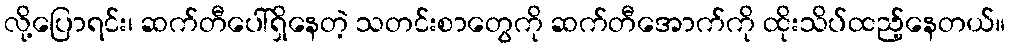
လို့ပြောရင်း၊ ဆက်တီပေါ်ရှိနေတဲ့ သတင်းစာတွေကို ဆက်တီအောက်ကို ထိုးသိပ်ထည့်နေတယ်။